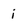
Character: i